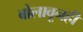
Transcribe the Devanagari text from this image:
बोलावूनही